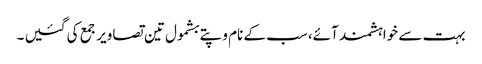
بہت سے خواہشمند آئے، سب کے نام و پتے بشمول تین تصاویر جمع کی گئیں ۔